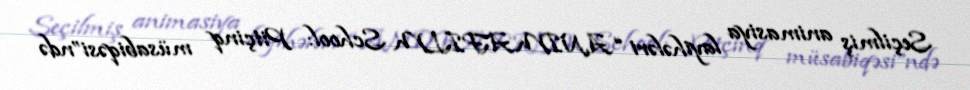
Seçilmiş animasiya layihələri “ANIMAFILM School: Pitçinq müsabiqəsi”ndə